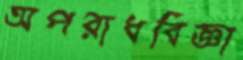
অপরাধবিজ্ঞা